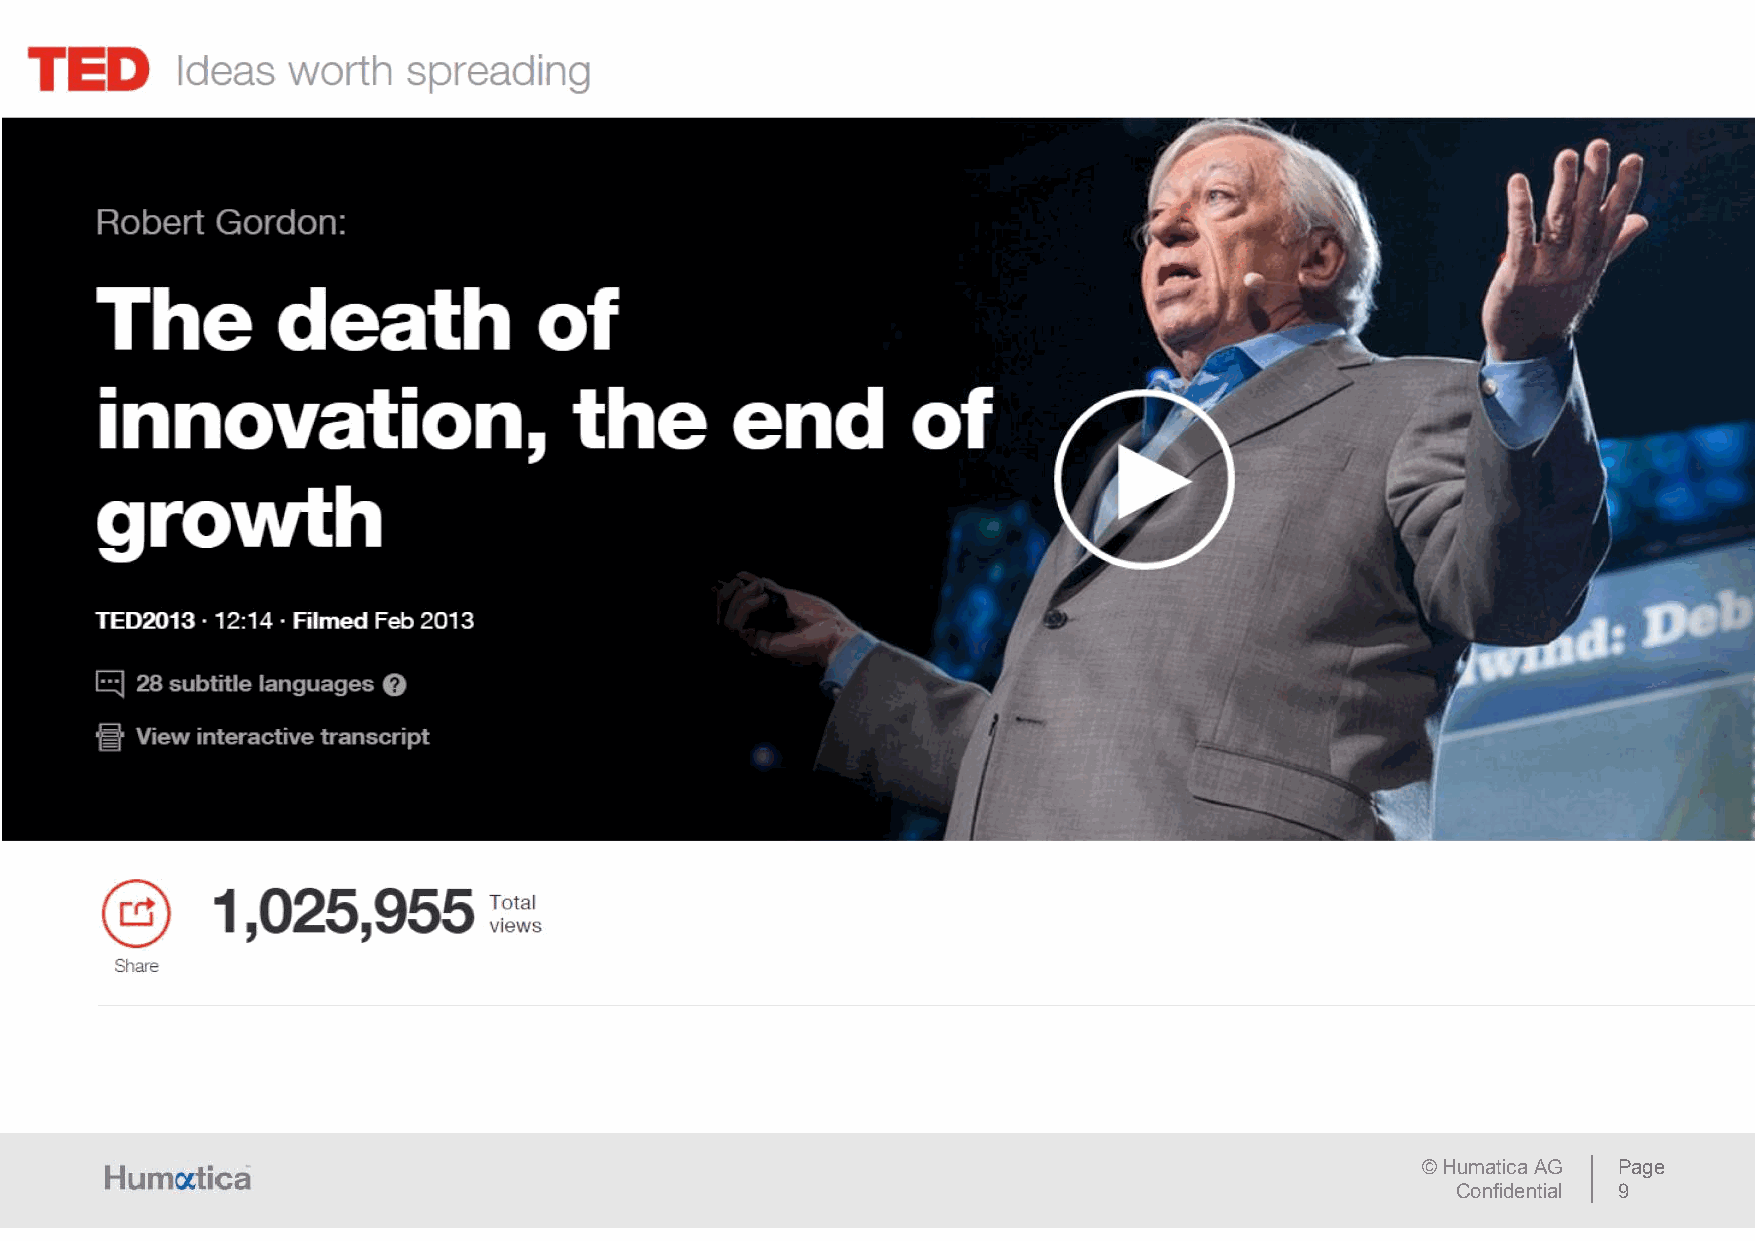
  evaluation of management     teams,  what makes   a successful  team, how  to predict performance
 ©HumaticaAG  Page
 Confidential 9